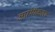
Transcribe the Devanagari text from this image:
आरंभीकरण